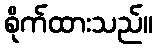
စိုက်ထားသည်။